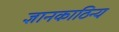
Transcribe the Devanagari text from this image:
ज्ञानकाठिन्य